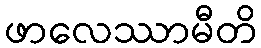
ဖာလေဿာမီတိ